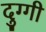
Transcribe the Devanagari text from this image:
दुग्गी